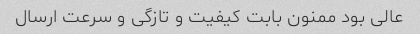
عالی بود ممنون بابت کیفیت و تازگی و سرعت ارسال